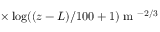
\times \log ( ( z - L ) / 1 0 0 + 1 ) \mathrm { ~ m ~ } ^ { - 2 / 3 }